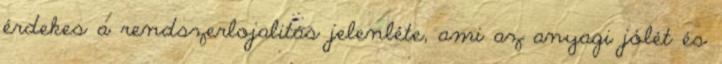
érdekes a rendszerlojalitás jelenléte, ami az anyagi jólét és